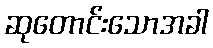
ဆုတောင်းသောအခါ